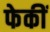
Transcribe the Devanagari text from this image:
फेकीं